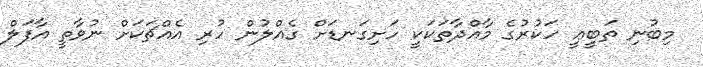
މިބުނި ތަބީޢީ ހަކުރުގެ މާއްދާތަކަކީ ހަށިގަނޑަށް ގެއްލުން ހުރި އެއްޗަކަށް ނުވާތީ އާފަލް